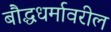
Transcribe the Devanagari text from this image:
बौद्धधर्मावरील